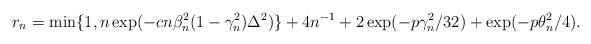
LaTeX: \begin{align*}r_n = \min\{ 1, n \exp(-c n \beta_n^2 (1-\gamma_n^2) \Delta^2) \} + 4n^{-1} + 2\exp(-p \gamma_n^2 / 32) + \exp(-p \theta_n^2 / 4).\end{align*}